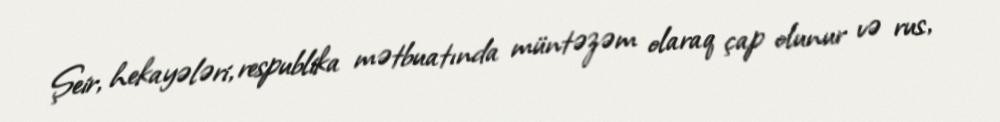
Şeir, hekayələri, respublika mətbuatında müntəzəm olaraq çap olunur və rus,